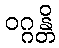
ဝဂ္ဂန္တိ